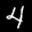
Label: 4